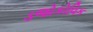
ડજોકોવિક